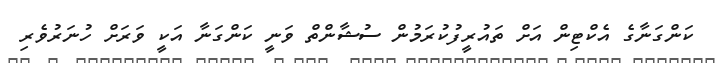
ކަންގަނާގެ އެކްޓިން އަށް ތައުރީފުކުރަމުން ސުޝާންތް ވަނީ ކަންގަނާ އަކީ ވަރަށް ހުނަރުވެރި